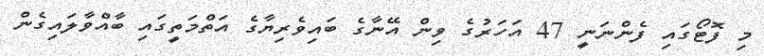
މި ފޮޓޯގައި ފެންނަނީ 47 އަހަރުގެ ވިން އޭނާގެ ބައިވެރިޔާގެ އަތްމަތީގައި ބާއްވާލައިގެން